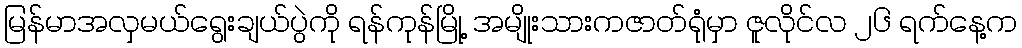
မြန်မာအလှမယ်ရွေးချယ်ပွဲကို ရန်ကုန်မြို့ အမျိုးသားကဇာတ်ရုံမှာ ဇူလိုင်လ ၂၆ ရက်နေ့က